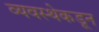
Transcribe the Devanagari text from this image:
व्यवस्थेकडून